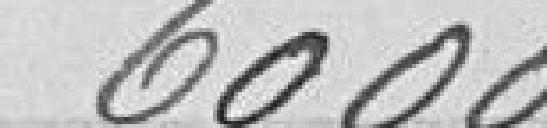
6000